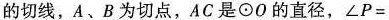
的切线，A、B为切点，AC是\odot O的直径，\angle P=